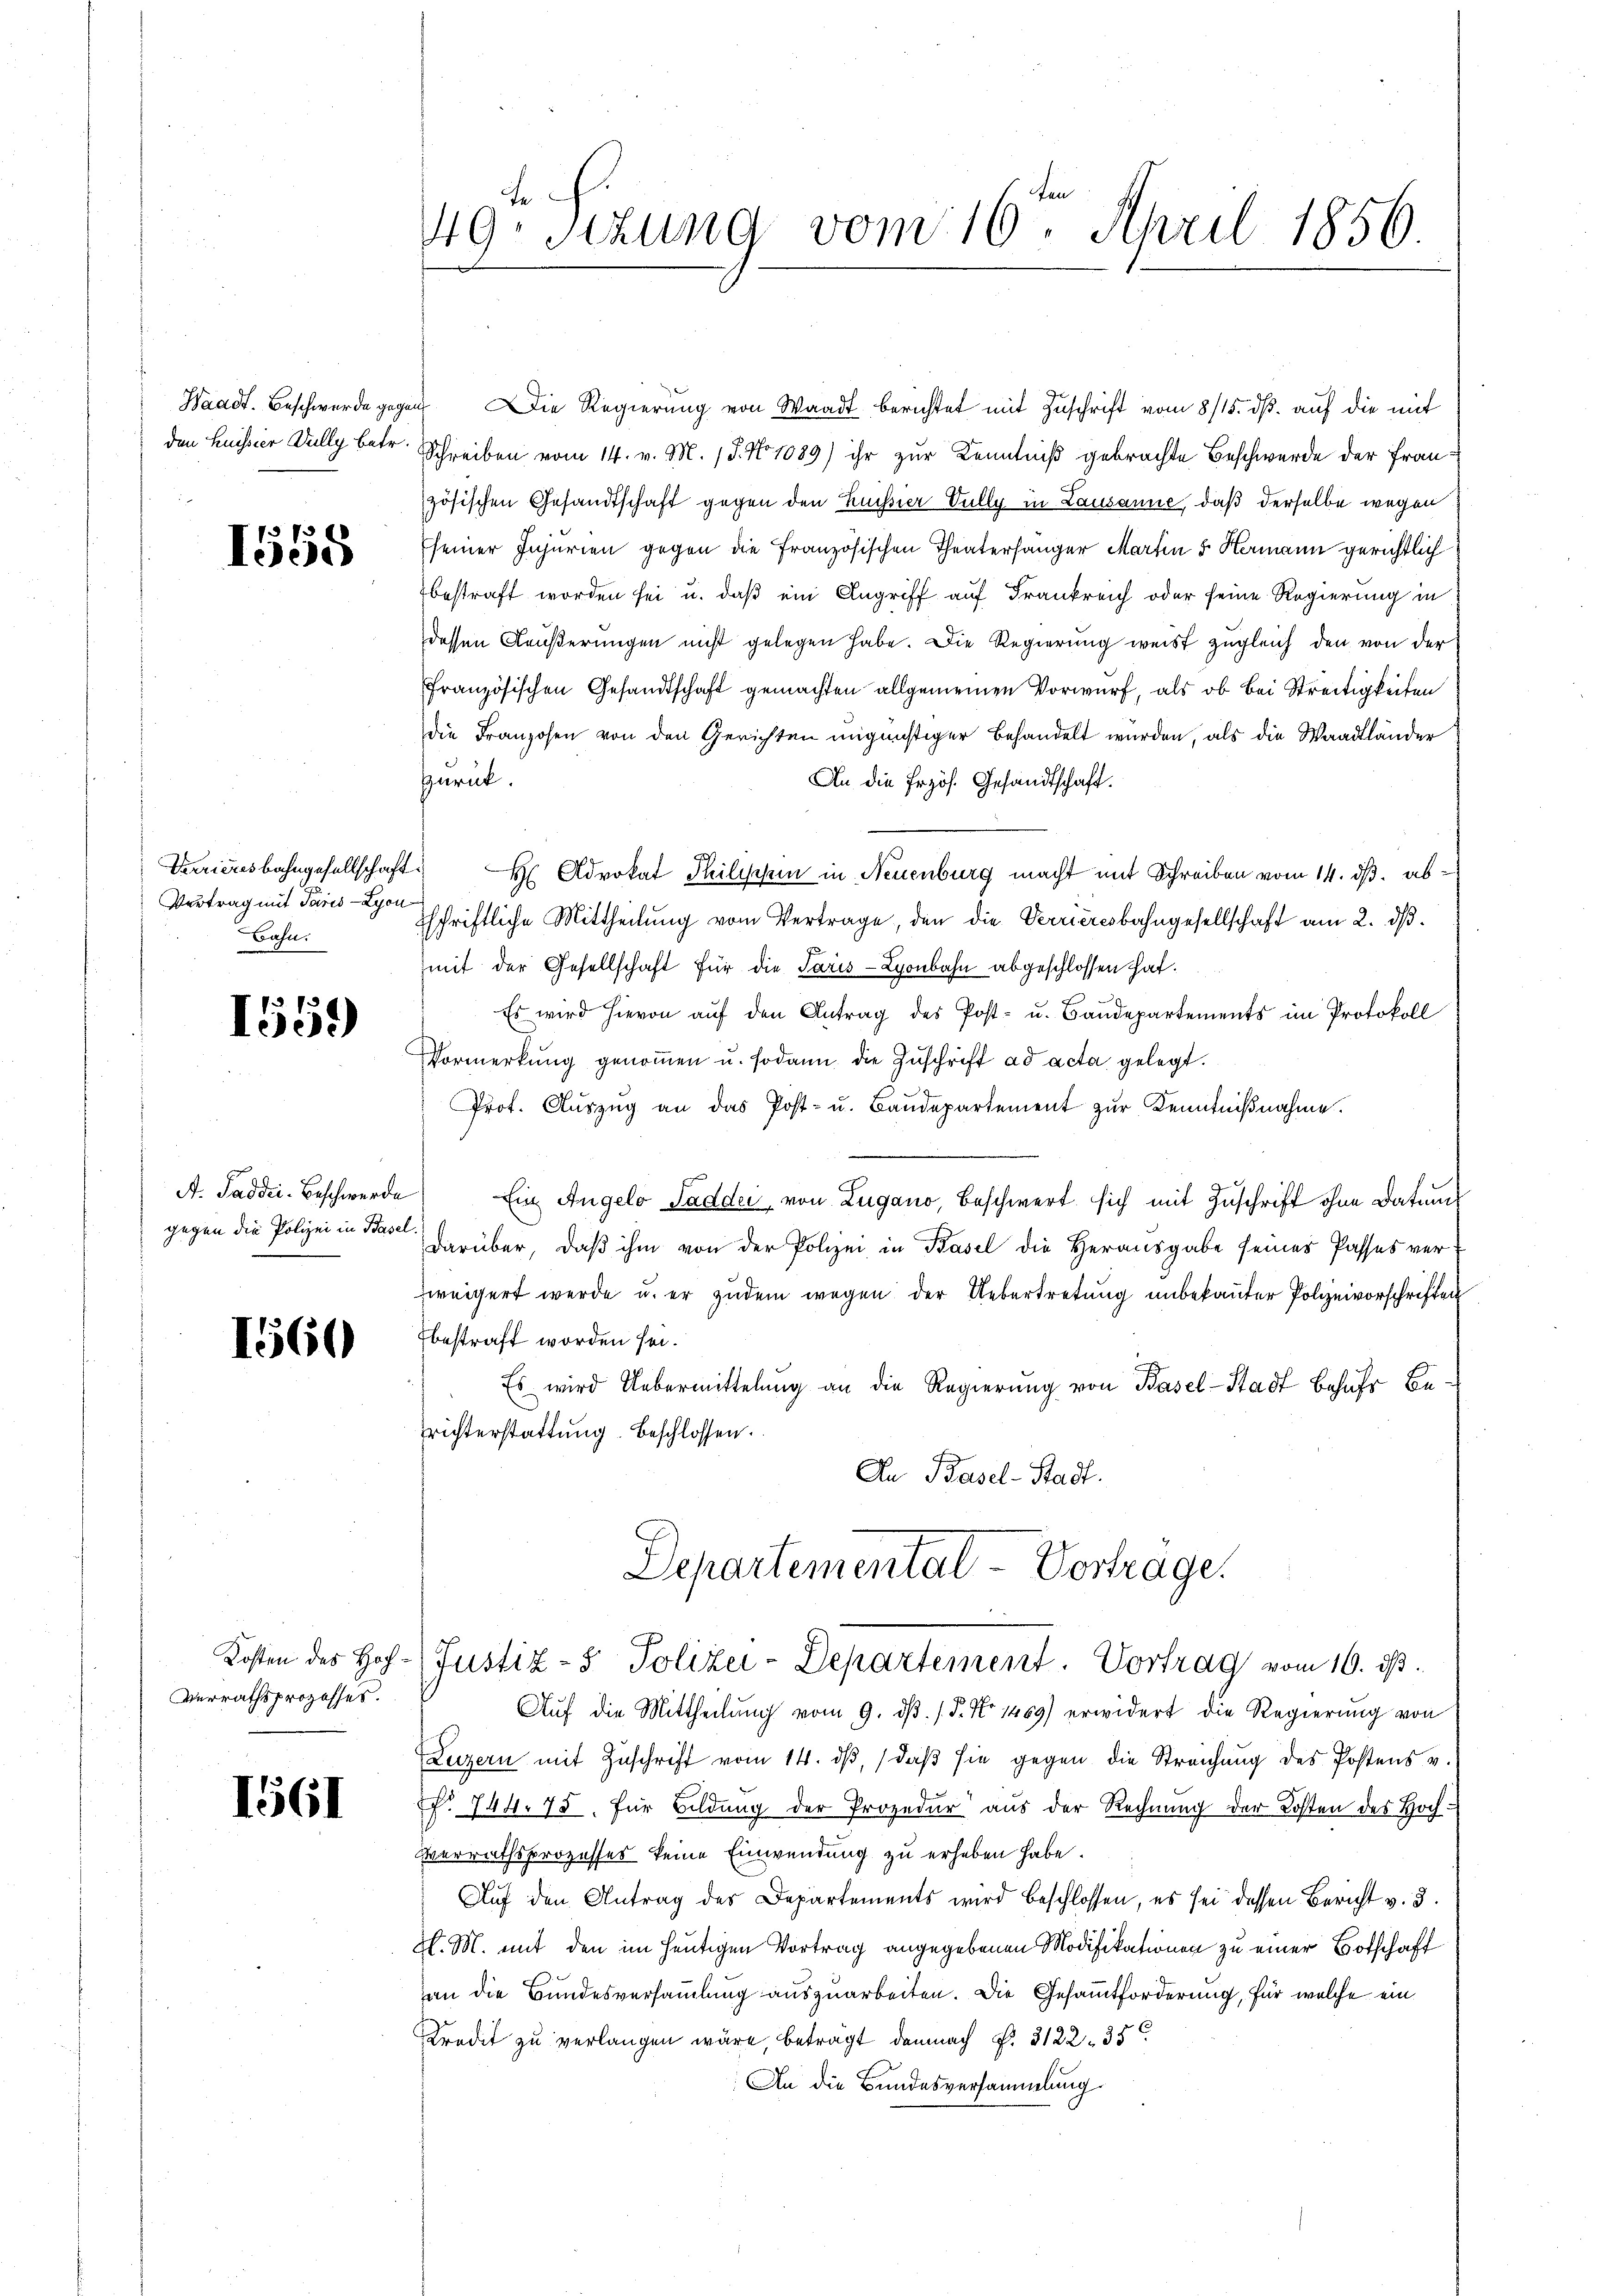
den Hussier Dully betr.

1558

Vertrag mit Paris - Lyon
Bahn.

1559

gegen die Polizei in Basel.

160

Verrathsprozesses.

1561

Waadt. Beschwerde gegen Die Regierung von Waadt berichtet mit Zuschrift vom 8/15. dß. auf die mit
Schreiben vom 14. v. M. 18. No 1089) ihr zur Kenntniß gebrachte Beschwerde der Französischen Gesandtschaft gegen den Kussier Vully in Lausanne, daß derselbe wegen
seiner Injurien gegen die Französischen Theatersanger Martin 5 Hermann gerichtlich
bestraft worden sei u. daß ein Angriff auf Frankreich oder seine Regierung in
dessen Aeußerungen nicht gelegen habe. Die Regierung weist zugleich den von der
Französischen Gesandtschaft gemachten allgemeinen Vorwurf, als ob bei Streitigkeiten
die Franzosen von den Gerichten ungünstiger Behandelt würden, als die Waadtländer
zurück.
An die frzös. Gesandtschaft.
Verrieresbahngesellschaft H Advokat Philischen in Neuenburg macht mit Schreiben vom 14. dβ. absschriftliche Mittheilŭng vom Vertrage, den die Verrieresbahngesellschaft am 2. dβ.
mit der Gesellschaft für die Paris - Lyonbahn abgeschlossen hat.
Es wird hievon aŭf den Antrag des Post- u. Baŭdepartements im Protokoll
Vormerkung genoṁen u. sodann die Zuschrift ad acta gelegt.
Prot. Aŭszŭg an das Post- u. Baŭdepartement zur Kenntniβnahme.
A. Saddei- Beschwerde Ein Angelo Sadder, von Lugano, Beschwert sich mit Zuschrift ohne Datums
darüber, daβ ihm von der Polizei in Basel die Herausgabe seines Passes ver-
weigert werde u. er zudem wegen der Uebertretung unbekannter Polizeivorschriften
bestraft worden sei.
Es wird Uebermittelung an die Regierŭng von Basel-Stadt behufs Berichterstattung beschlossen.
An Basel-Stadt.
Departemental Verträge.
Kosten des Hof- Justiz- & Polizei-Departement. Vortrag vom 16. ds.
Auf die Mittheilung vom 9. dβ. / 5. No 1469) erwidert die Regierung von
Luzern mit Zŭschrift vom 14. dβ, daβ sie gegen die Streichŭng des Postens u.
cf. 744. 75. für Bildung der Prozedur aus der Rechnung der Kosten des Hochverrathsprozesses keine Einwendung zu erheben habe.
Auf den Antrag des Departements wird beschlossen, es sei dessen Bericht v. 3.
H. M. mit den im heutigen Vortrag angegebenen Modifikationen zu einer Botschaft
an die Bundesversammlung auszuarbeiten. Die Gesamtforderung, für welche ein
Kredit zu verlangen wäre, beträgt demnach §. 3122. 35
An die Bundesversammlung.

B
49 sezung vom 16. April 1856.